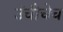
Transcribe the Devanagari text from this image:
उंचीचेच